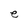
Character: e